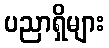
ပညာရှိများ